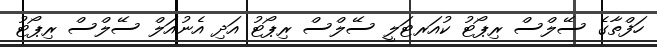
ހަފްތާގެ ސޭލްސް ރިޕޯޓު ކުއަރޓަލީ ސޭލްސް ރިޕޯޓު އަދި އެނުއަލް ސޭލްސް ރިޕޯޓު